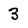
Character: 3